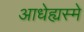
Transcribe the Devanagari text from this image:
आधेह्यस्मे